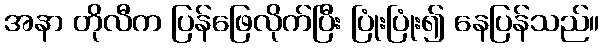
အနာ တိုလီက ပြန်ဖြေလိုက်ပြီး ပြုံးပြုံး၍ နေပြန်သည်။